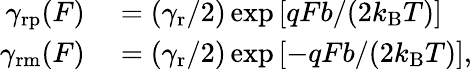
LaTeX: \begin{array}{rl}{\gamma_{\mathrm{rp}}(F)}&{{}=(\gamma_{\mathrm{r}}/2)\exp\left[qFb/(2k_{\mathrm{B}}T)\right]}\\ {\gamma_{\mathrm{rm}}(F)}&{{}=(\gamma_{\mathrm{r}}/2)\exp\left[-qFb/(2k_{\mathrm{B}}T)\right],}\end{array}